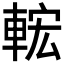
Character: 𨌆